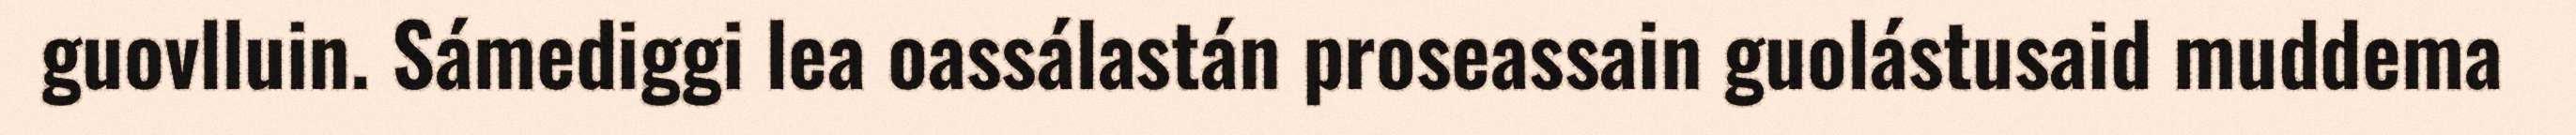
guovlluin. Sámediggi lea oassálastán proseassain guolástusaid muddema